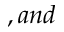
, a n d